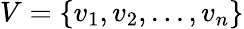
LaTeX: V=\{ v_{1},v_{2},...,v_{n}\}